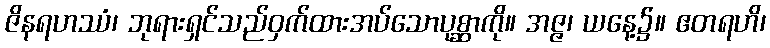
ဇိနရဟဿံ၊ ဘုရားရှင်သည်ဝှက်ထားအပ်သောပုစ္ဆာကို။ အဇ္ဇ၊ ယနေ့၌။ ဧတရဟိ၊